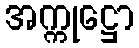
အက္ကုဋ္ဌော